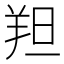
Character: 𫅑